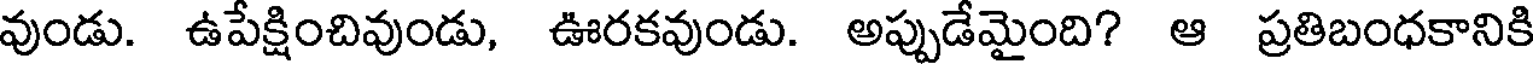
వుండు. ఉపేక్షించివుండు, ఊరకవుండు. అప్పుడేమైంది? ఆ ప్రతిబంధకానికి